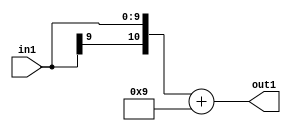
`timescale 1ps / 1ps
/*****************************************************************************
    Verilog RTL Description
    
    
    Created by: Stratus DpOpt 2019.1.01 
*******************************************************************************/

module cache_Add2i9s10_1 (
	in1,
	out1
	); /* architecture "behavioural" */ 
input [9:0] in1;
output [10:0] out1;
wire [10:0] asc001;

assign asc001 = 
	+({in1[9], in1})
	+(11'B00000001001);

assign out1 = asc001;
endmodule

/* CADENCE  urn2SAw= : u9/ySgnWtBlWxVPRXgAZ4Og= ** DO NOT EDIT THIS LINE ******/